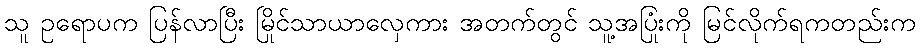
သူ ဥရောပက ပြန်လာပြီး မြိုင်သာယာလှေကား အတက်တွင် သူ့အပြုံးကို မြင်လိုက်ရကတည်းက